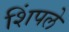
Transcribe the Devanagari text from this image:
शिंपले